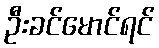
ဦးခင်မောင်ရင်